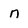
Character: n